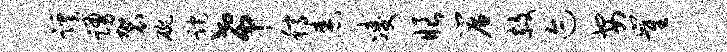
蹊踊袈碗跎希稿舂凌眼帘赦迹安崔